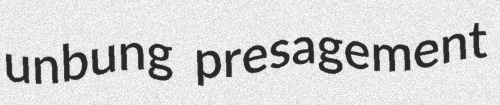
unbung presagement